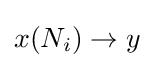
x(N_{i})\rightarrow y